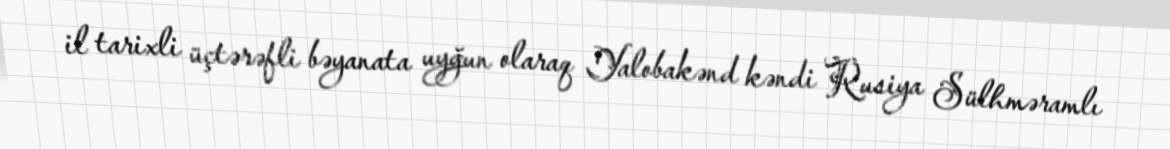
il tarixli üçtərəfli bəyanata uyğun olaraq Yalobakənd kəndi Rusiya Sülhməramlı